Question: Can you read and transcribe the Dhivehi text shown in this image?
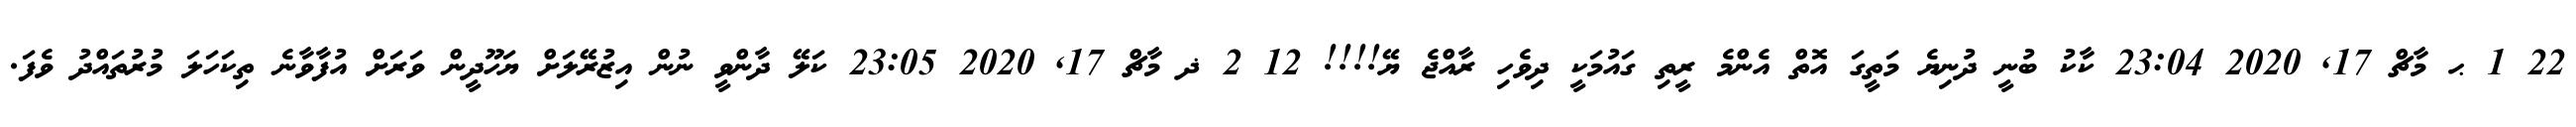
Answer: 22 1 ޙ މާޗް 17, 2020 23:04 ކާކު ބުނީ ދުނިޔެ މަތީގަ އޮތް އެންމެ ރީތި ގައުމަކީ ދިވެހި ރާއްޖެ ޔޭ!!!! 12 2 ޛ މާޗް 17, 2020 23:05 ކަލޭ ދާންވީ ނުން އިޒުރޭލަށް ޔަހޫދީން ވަރަށް އުފާވާނެ ތިކަހަލަ މުރުތައްދު ވެފަ.